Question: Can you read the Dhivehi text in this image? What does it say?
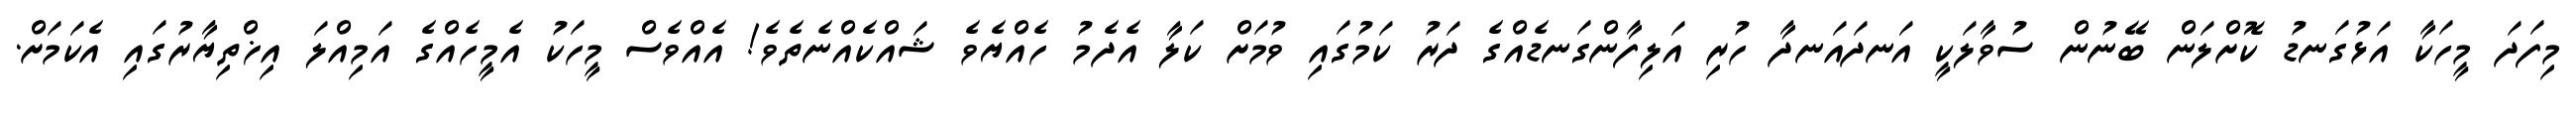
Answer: މިފަދަ މީހަކާ އަޅުގަނޑު ކޮށްލަން ބޭނުން ސުވާލަކީ އަނދައަނދާ ހުރި އަލިފާންގަނޑެއްގެ ދަރު ކަމުގައި ވުމަށް ކަލާ އެދެމު ހެއްޔެވެ ޝައްކެއްނެތެވެ! އެއްވެސް މީހަކު އެމީހެއްގެ އަމިއްލަ އިޚްތިޔާރުގައި އެކަމަށް.